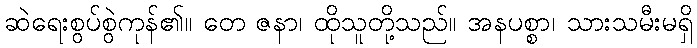
ဆဲရေးစွပ်စွဲကုန်၏။ တေ ဇနာ၊ ထိုသူတို့သည်။ အနပစ္စာ၊ သားသမီးမရှိ